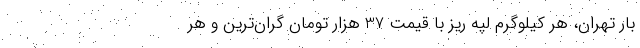
بار تهران، هر کیلوگرم لپه ریز با قیمت 37 هزار تومان گران‌ترین و هر